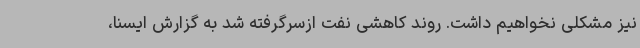
نیز مشکلی نخواهیم داشت. روند کاهشی نفت ازسرگرفته شد به گزارش ایسنا،